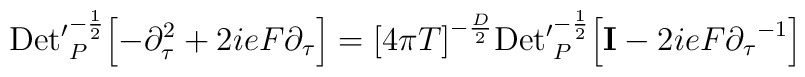
{\rm Det'}^{-{1\over 2}}_P\Bigl[ -{\partial}^2_{\tau}+2ieF{\partial}_{\tau}\Bigr]={\lbrack 4\pi T\rbrack}^{-{D\over 2}}{\rm Det'}_P^{-{1\over 2}}\Bigl[{\bf I} -2ieF{{\partial}_{\tau}}^{-1}\Bigr]\quad